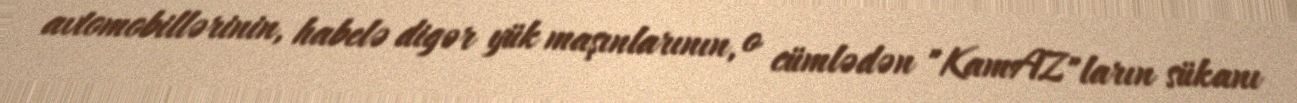
avtomobillərinin, habelə digər yük maşınlarının, o cümlədən "KamAZ"ların sükanı